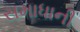
સમાધાની